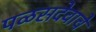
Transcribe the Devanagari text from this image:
पळसदेवाचे